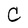
Character: C